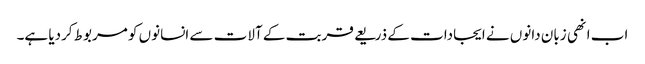
اب انھی زبان دانوں نے ایجادات کے ذریعے قربت کے آلات سے انسانوں کو مربوط کردیا ہے۔